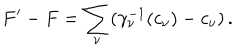
F ^ { \prime } - F = \sum _ { \nu } ( \gamma _ { \nu } ^ { - 1 } ( c _ { \nu } ) - c _ { \nu } ) \, .